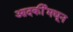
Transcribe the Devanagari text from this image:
आदर्कीमधून